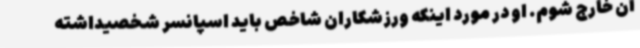
آن خارج شوم. او در مورد اینکه ورزشکاران شاخص باید اسپانسر شخصیداشته